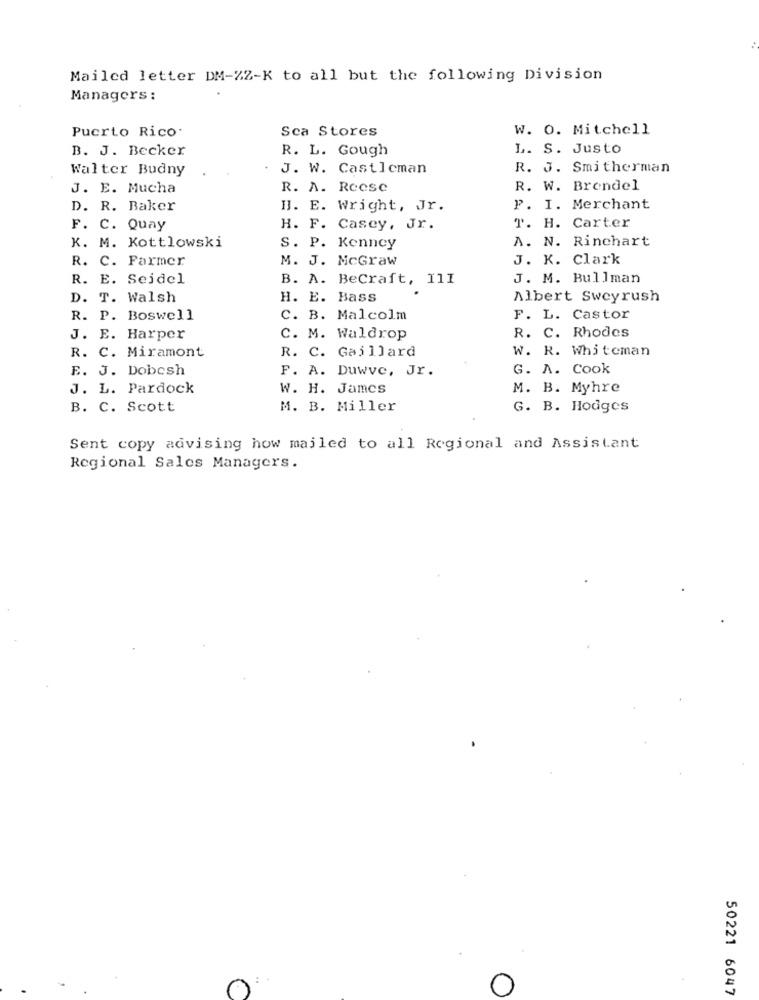
Mailed letter DM-ZZ-K to all but the following Division
Managers :
Puerto Rico.
Sca Stores
W. O. Mitchell
B. J. Becker
R. L. Gough
L. S. Justo
Walter Budny
J. W. Castleman
R. J. Smitherman
J. E. Mucha
R. A. Reese
R. W. Brendel
D. R. Baker
I. E. Wright, Jr.
P. I. Merchant
F. C. Quay
H. F. Casey, Jr.
T. H. Carter
A. N. Rinchart
K. M. Kottlowski
S. P. Kenney
M. J. McGraw
J. K. Clark
R. C. Farmer
R. E. Seidel
B. A. BeCraft, 11I
J. M. Bullman
D. T. Walsh
H. E. Bass
Albert Sweyrush
R. P. Boswell
C. B. Malcolm
F. L. Castor
R. C. Rhodes
J. E. Harper
C. M. Waldrop
R. C. Miramont
R. C. Gaillard
W. R. Whiteman
E. J. Dobosh
F. A. Duwve, Jr.
G. A. Cook
J. L. Pardock
W. H. James
M. B. Myhre
B. C. Scott
M. B. Miller
G. B. Hodges
Sent copy advising how mailed to all Regional and Assistant
Regional Sales Managers.
: .
50221 6047